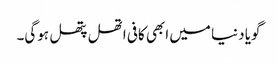
گویا دنیا میں ابھی کافی اتھل پتھل ہوگی۔